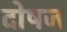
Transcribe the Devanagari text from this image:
दोषज